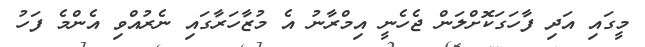
މީގައި އަދި ފާހަގަކޮށްލަން ޖެހެނީ އިމްރާނު އެ މުޒާހަރާގައި ނެރުއްވި އެންމެ ފަހު